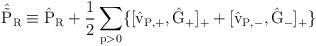
LaTeX: \begin{align*}\hat{\tilde{\rm P}}_{\rm R} \equiv \hat{\rm P}_{\rm R} +\frac{1}{2} \sum_{p>0} \{[\hat{v}_{\rm P,+} ,\hat{\rm G}_{+}]_{+}+ [\hat{v}_{\rm P,-} , \hat{\rm G}_{-}]_{+} \}\end{align*}